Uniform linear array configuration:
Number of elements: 24
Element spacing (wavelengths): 0.5
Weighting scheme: exponential
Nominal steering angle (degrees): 45
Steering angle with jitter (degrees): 44.389
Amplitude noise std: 0.05
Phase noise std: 0.05

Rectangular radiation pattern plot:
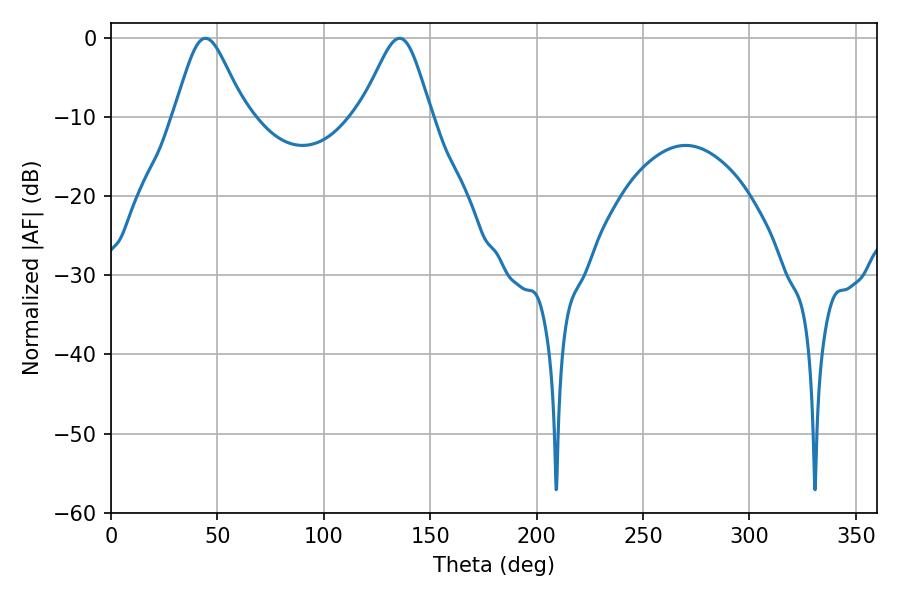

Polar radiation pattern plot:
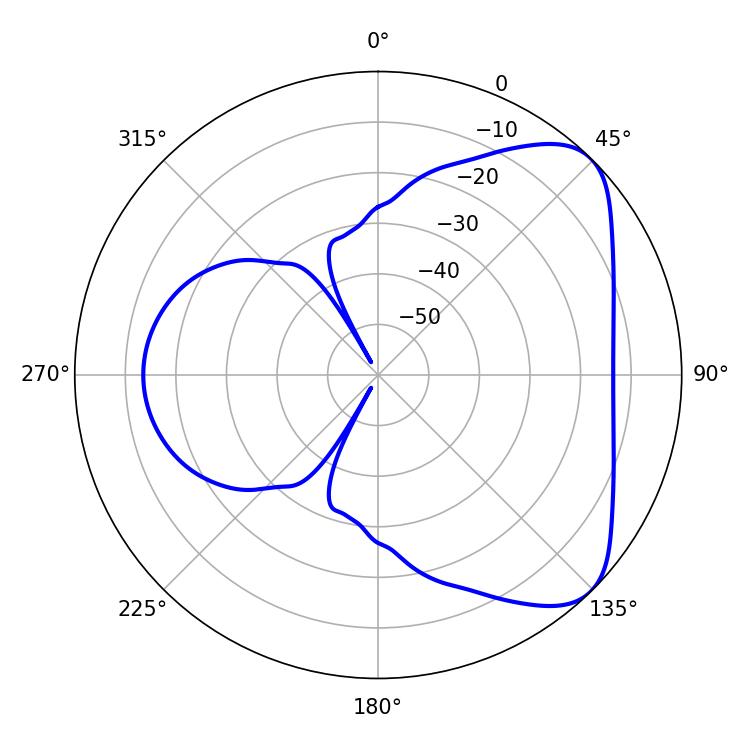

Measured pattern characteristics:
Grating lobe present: FALSE
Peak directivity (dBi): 6.098
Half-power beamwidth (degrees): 16.2
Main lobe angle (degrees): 44.46